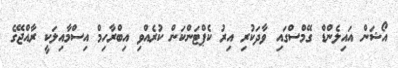
އޯޝަން އައިލެންޑް ގޭމްސްގައި ވާދަކުރި އިރު ކެޕްޓަންކަން ކުރެއްވި އިބްރާހިމް އިސްމާއިލަކީ ރާއްޖޭގެ